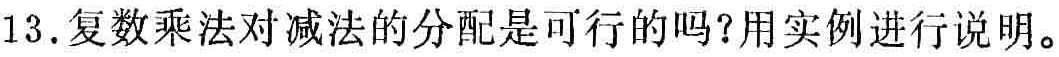
13. 复数乘法对减法的分配是可行的吗？用实例进行说明。